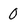
Character: 0